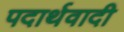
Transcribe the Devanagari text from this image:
पदार्थवादी